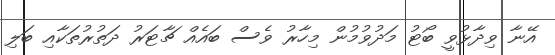
އޭނާ ވިދާޅުވީ ބޯޓު މަދުވުމުން މިހާރު ވެސް ބައެއް ޗާޓަރު ދަތުރުތަކާއި ބަލި